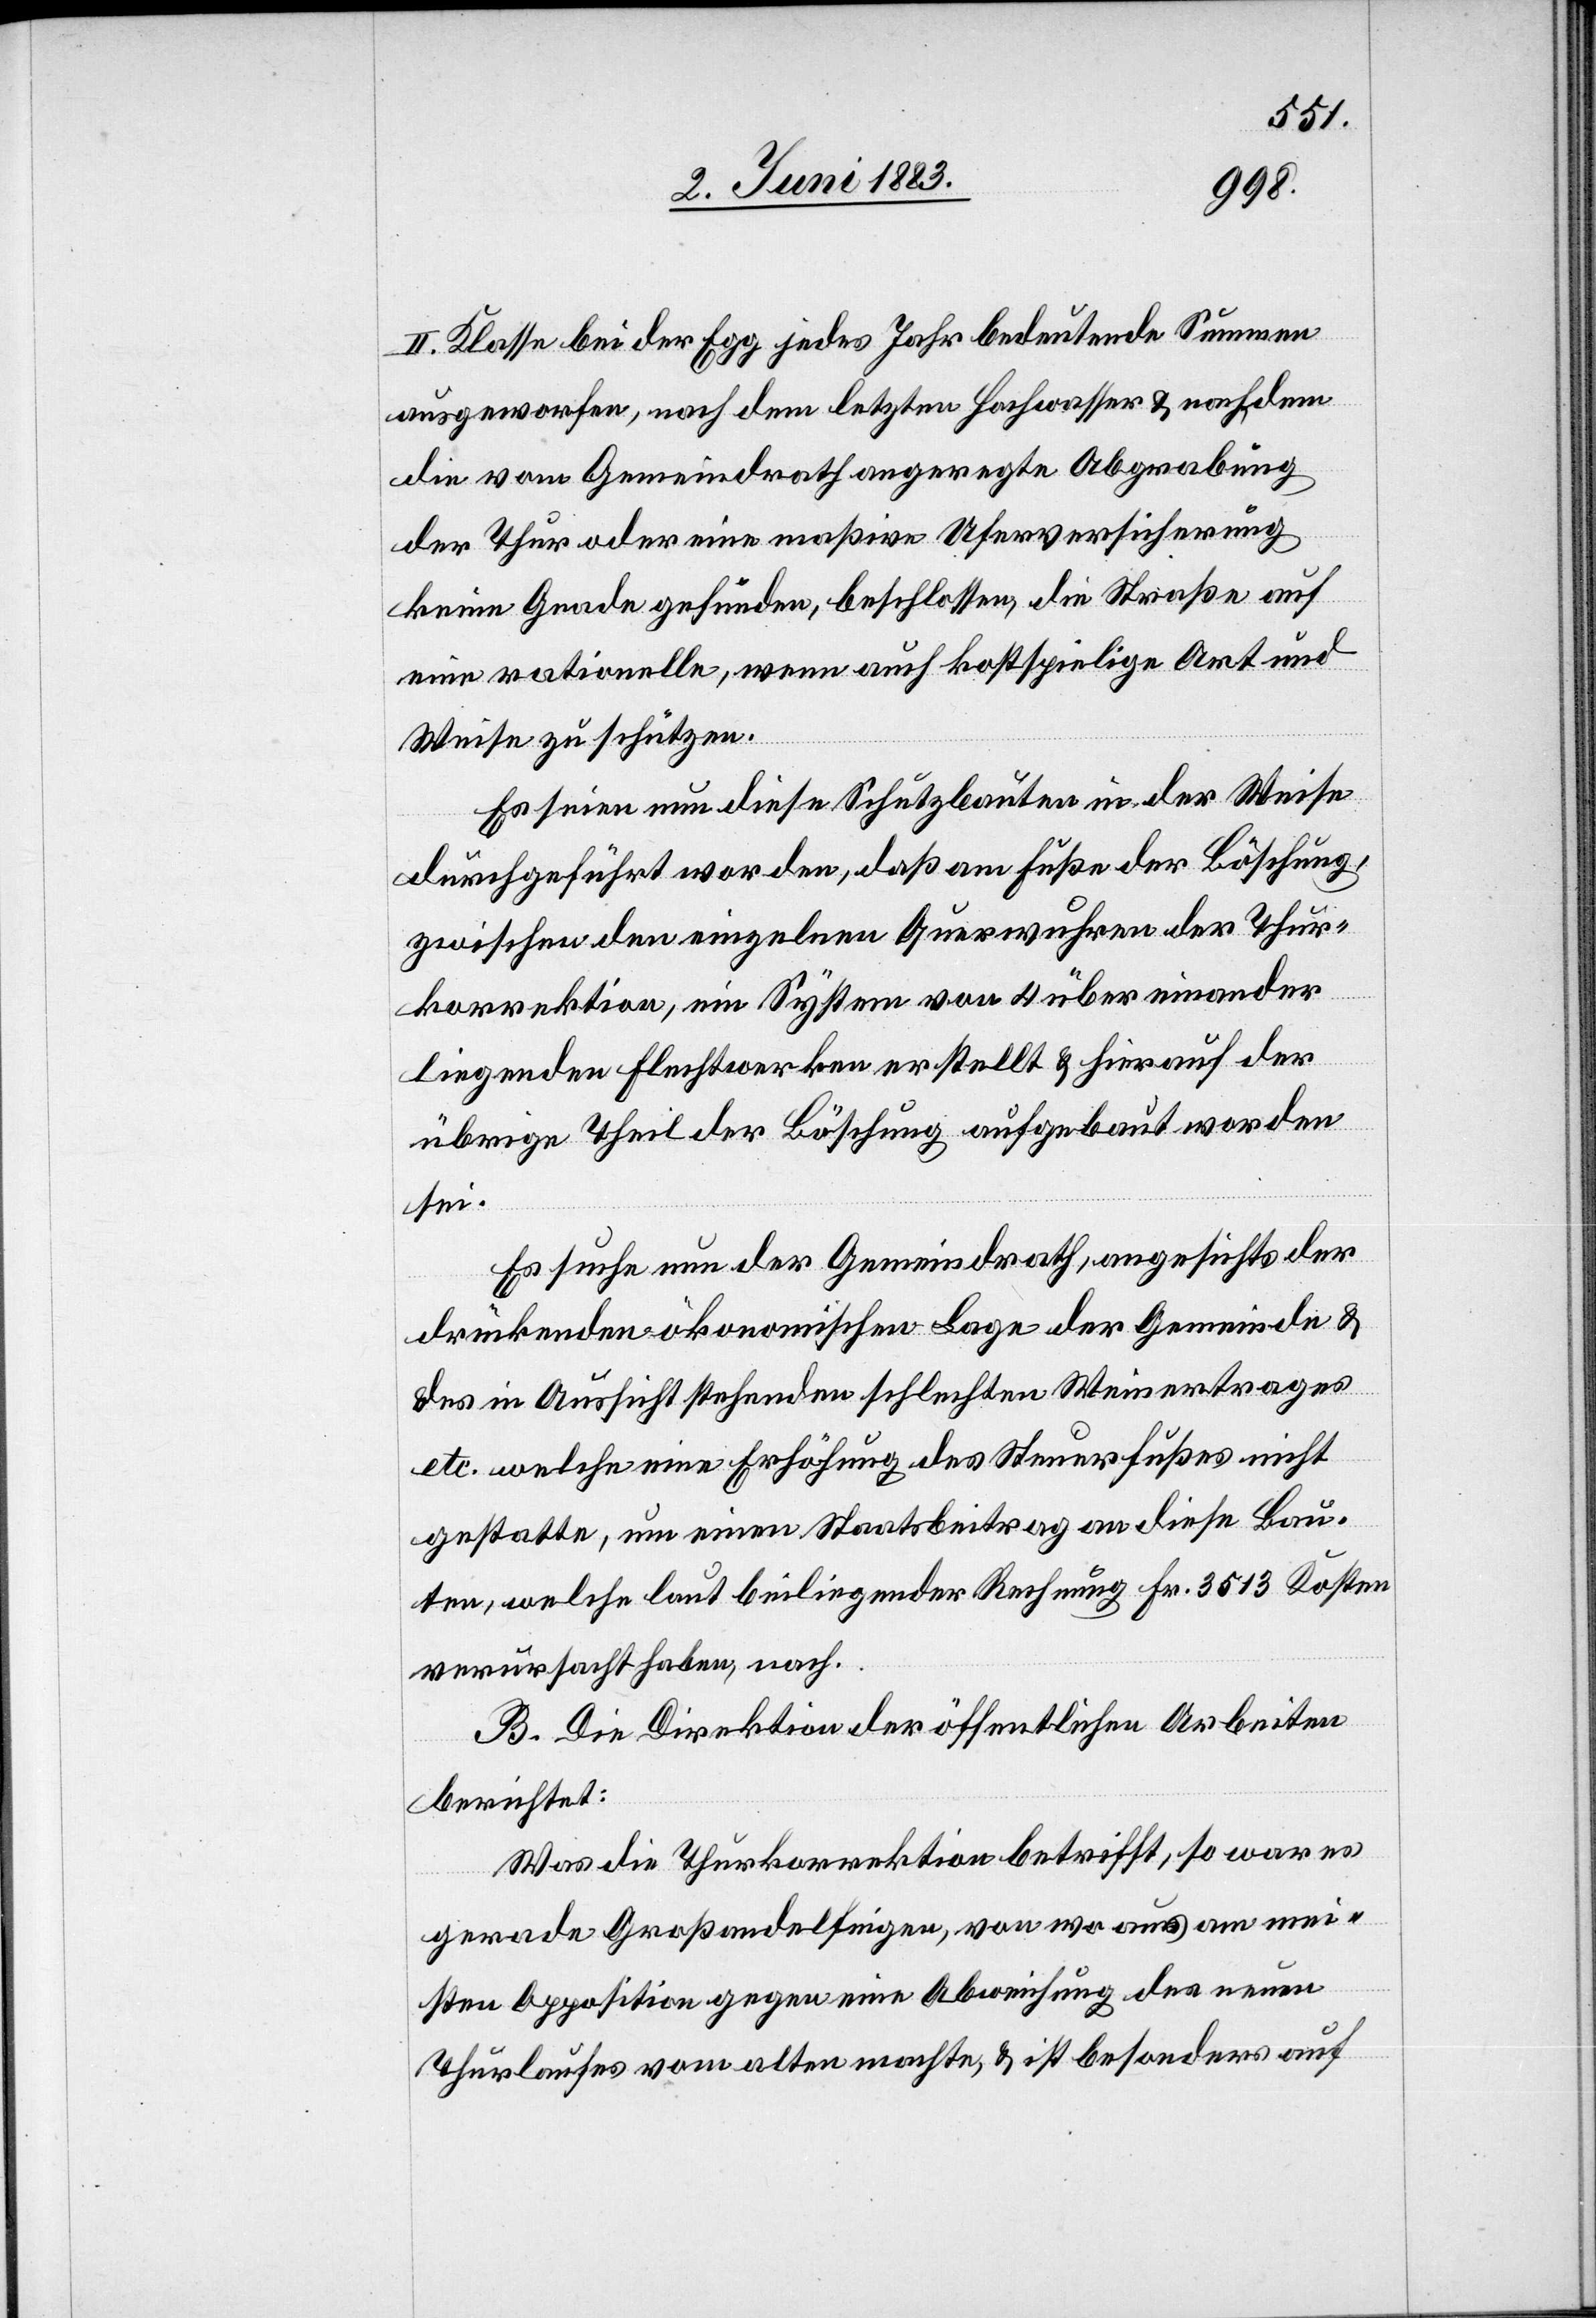
II. Klasse bei der Egg jedes Jahr bedeutende Summen
ausgeworfen, nach dem letzten Hochwasser & nachdem
die vom Gemeinderath angeregte Abgrabung
der Thur oder eine massive Uferversicherung
keine Gnade gefunden, beschlossen, die Straße auf
eine rationelle, wenn auch kostspielige Art und
Weise zu schützen.
Es seien nun diese Schutzbauten in der Weise
durchgeführt worden, daß am Fuße der Böschung,
zwischen den einzelnen Querwuhren der Thur¬
korrektion, ein System von 4 über einander
liegenden Flechtwerken, erstellt & hierauf der
übrige Theil der Böschung aufgebaut worden
sei.
Es suche nun der Gemeindrath, angesichts der
drückenden ökonomischen Lage der Gemeinde &
des in Aussicht stehenden schlechten Weinertrages
etc. welche eine Erhöhung des Steuerfußes nicht
gestatte, um einen Staatsbeitrag an diese Bau¬
ten, welche laut beiliegender Rechnung Fr. 3513 Kosten
verursacht haben, nach.
B. Die Direktion der öffentlichen Arbeiten
berichtet:
Was die Thurkorrektion betrifft, so war es
gerade Großandelfingen, von wo aus am mei¬
sten Opposition gegen eine Abweisung des neuen
Thurlaufes vom alten machte, & ist besonders auf